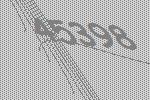
45398